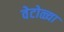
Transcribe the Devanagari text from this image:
वेटोळ्या